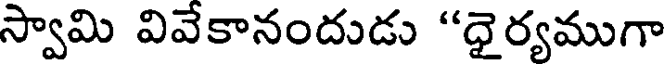
స్వామి వివేకానందుడు "ధైర్యముగా